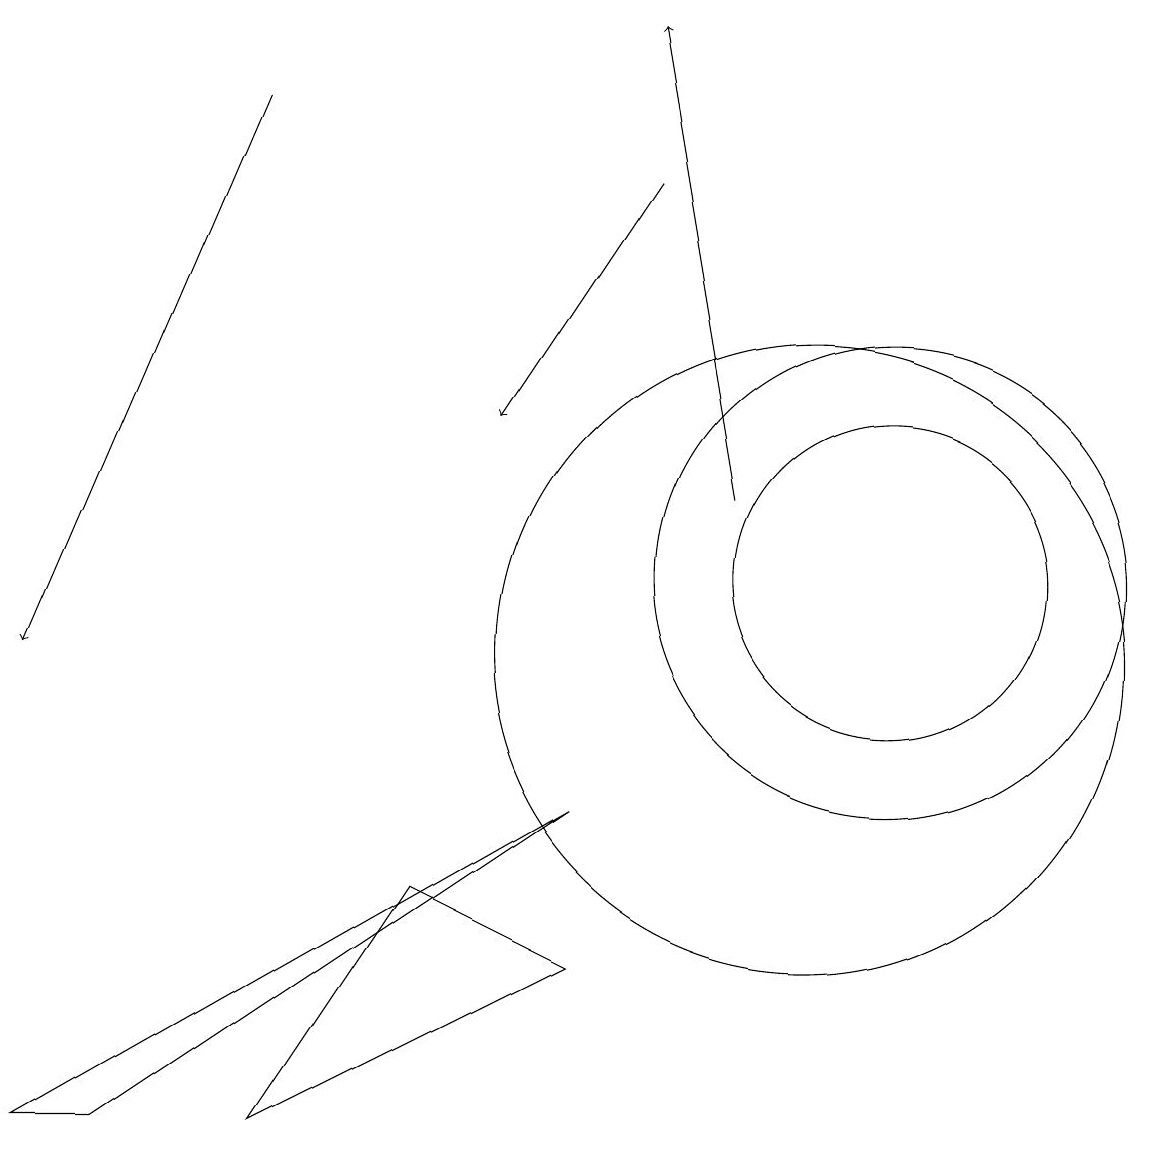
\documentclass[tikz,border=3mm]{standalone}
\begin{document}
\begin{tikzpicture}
\draw (0,4) -- (1,4) -- (7,8) -- cycle;
\draw (11,11) circle (3);
\draw[->] (9,12) -- (8,18);
\draw (11,11) circle (2);
\draw (10,10) circle (4);
\draw (7,6) -- (5,7) -- (3,4) -- cycle;
\draw[->] (3,17) -- (0,10);
\draw[->] (8,16) -- (6,13);
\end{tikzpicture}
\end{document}